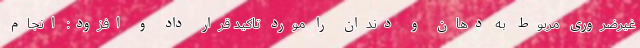
غیرضروری مربوط به دهان و دندان را مورد تاکید قرار داد و افزود: انجام